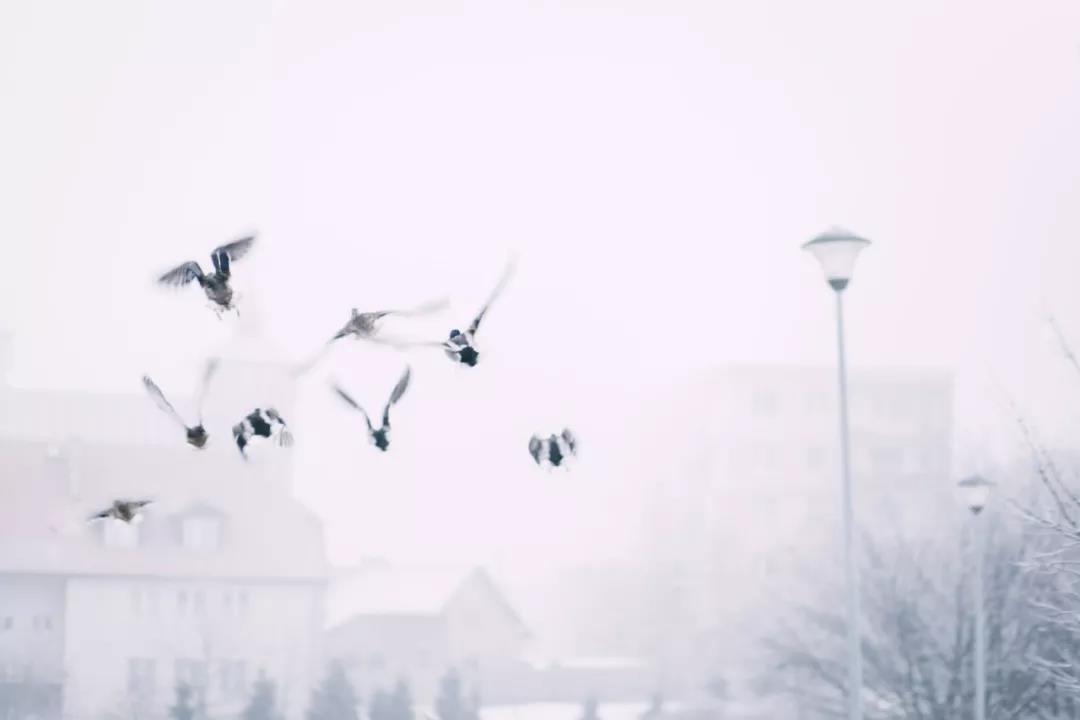
冻风时作，作则飞沙走砾。